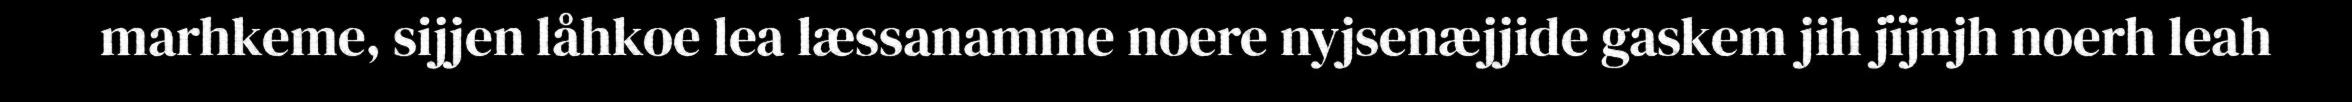
marhkeme, sijjen låhkoe lea læssanamme noere nyjsenæjjide gaskem jih jïjnjh noerh leah